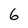
Character: 6